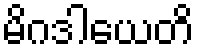
မိဂဒါယေတိ